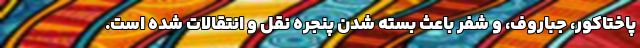
پاختاکور، جباروف، و شفر باعث بسته شدن پنجره نقل و انتقالات شده است.